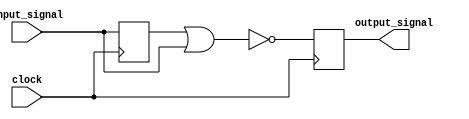
module NOR_Gate_Delay (
    input wire input_signal,
    input wire clock,
    output reg output_signal
);

reg delayed_signal;

always @(posedge clock) begin
    // Timing control and synchronization block
    // Delay input signal before input into NOR gate
    delayed_signal <= input_signal;

    // Additional features such as clock gating, pulse stretching, edge detection etc. can be added here

    output_signal <= ~(delayed_signal | input_signal);
end

endmodule